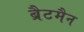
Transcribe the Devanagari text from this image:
ब्रैटमैन